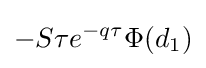
-S\tau e^{-q\tau }\Phi (d_{1})